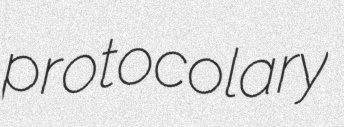
protocolary